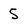
Character: 5